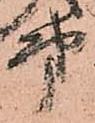
第